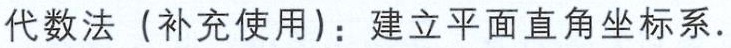
代数法（补充使用）：建立平面直角坐标系.